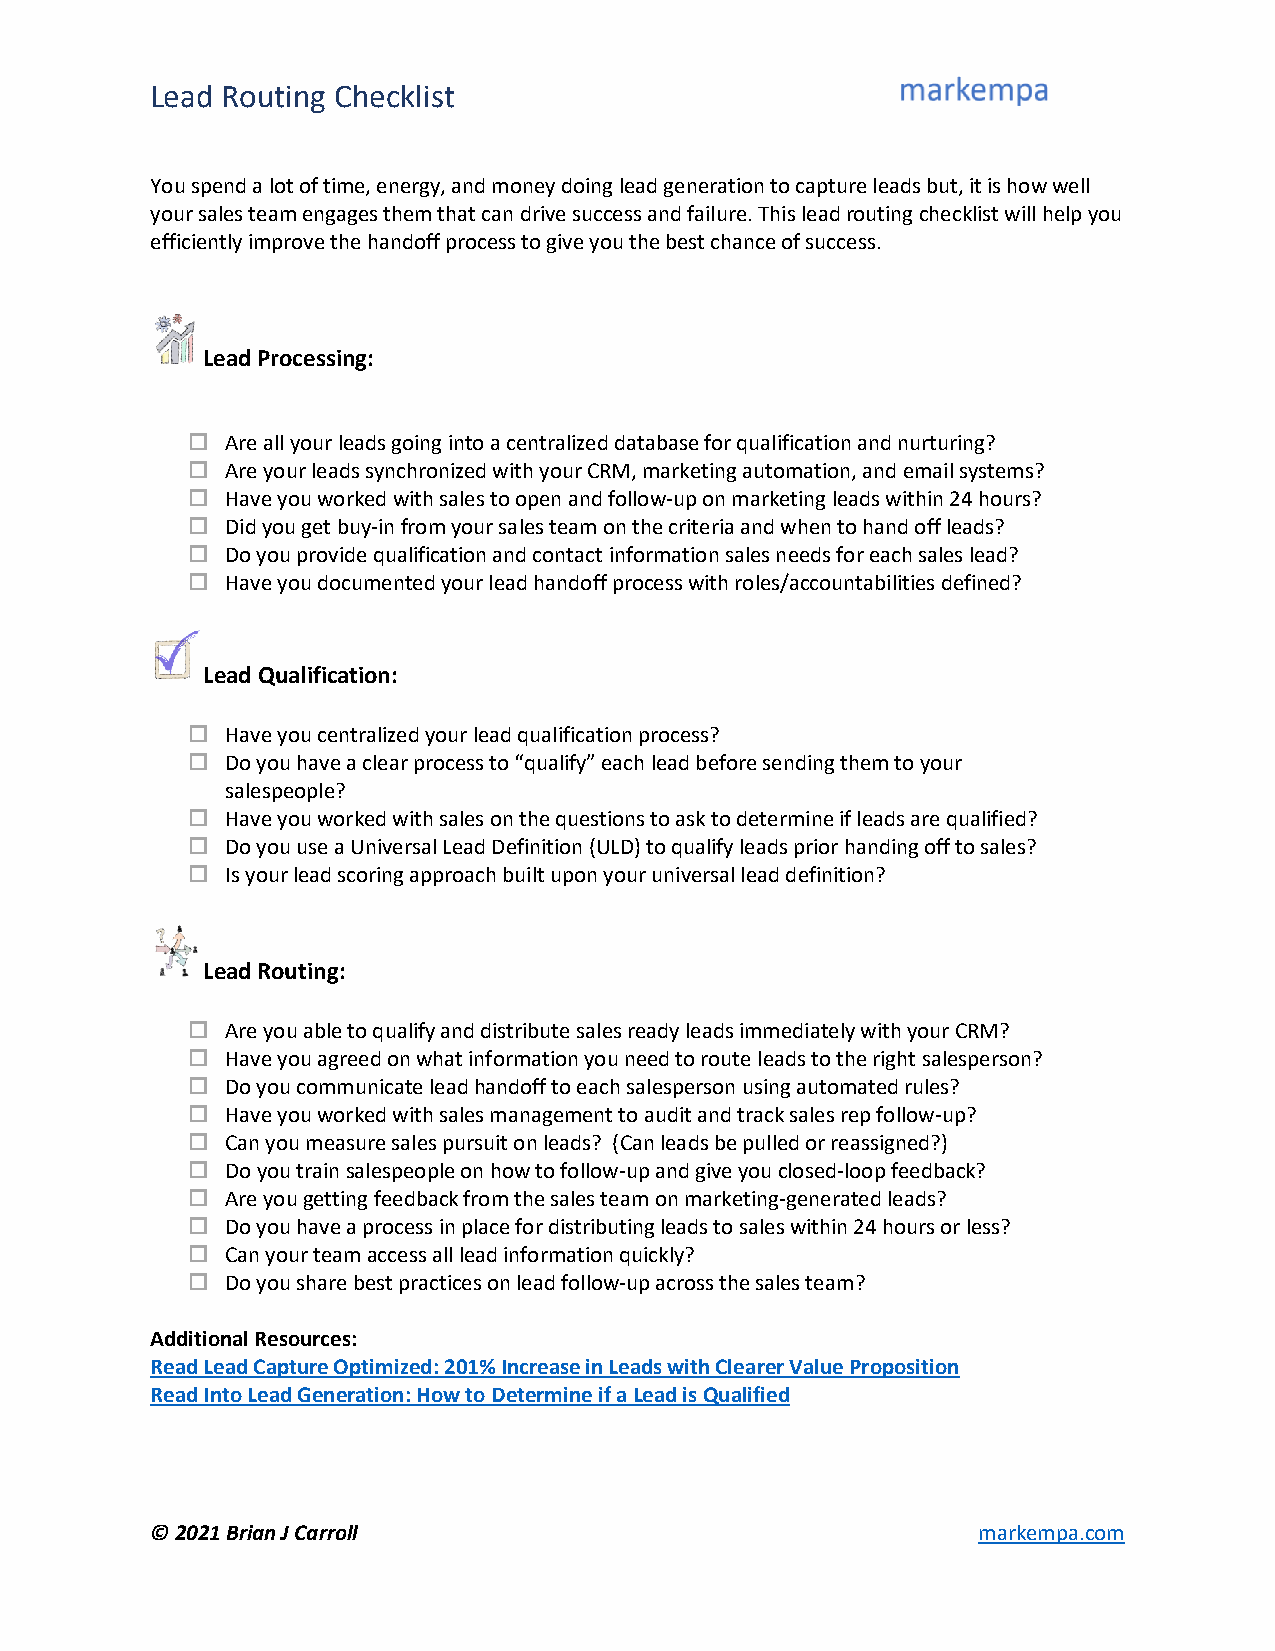
Lead Routing Checklist
 You spend a lot of time, energy, and money doing lead generation to capture leads but, it is how well
 your sales team engages them that can drive success and failure. This lead routing checklist will help you
 efficiently improve the handoff process to give you the best chance of success.
 Lead Processing:
   Are all your leads going into a centralized database for qualification and nurturing?
   Are your leads synchronized with your CRM, marketing automation, and email systems?
   Have you worked with sales to open and follow-up on marketing leads within 24 hours?
   Did you get buy-in from your sales team on the criteria and when to hand off leads?
   Do you provide qualification and contact information sales needs for each sales lead?
   Have you documented your lead handoff process with roles/accountabilities defined?
 Lead Qualification:
   Have you centralized your lead qualification process?
   Do you have a clear process to “qualify” each lead before sending them to your
 salespeople?
   Have you worked with sales on the questions to ask to determine if leads are qualified?
   Do you use a Universal Lead Definition (ULD) to qualify leads prior handing off to sales?
   Is your lead scoring approach built upon your universal lead definition?
 Lead Routing:
   Are you able to qualify and distribute sales ready leads immediately with your CRM?
   Have you agreed on what information you need to route leads to the right salesperson?
   Do you communicate lead handoff to each salesperson using automated rules?
   Have you worked with sales management to audit and track sales rep follow-up?
   Can you measure sales pursuit on leads? (Can leads be pulled or reassigned?)
   Do you train salespeople on how to follow-up and give you closed-loop feedback?
   Are you getting feedback from the sales team on marketing-generated leads?
   Do you have a process in place for distributing leads to sales within 24 hours or less?
   Can your team access all lead information quickly?
   Do you share best practices on lead follow-up across the sales team?
 Additional Resources:
 Read Lead Capture Optimized: 201% Increase in Leads with Clearer Value Proposition
 Read Into Lead Generation: How to Determine if a Lead is Qualified
 © 2021 Brian J Carroll                                 markempa.com